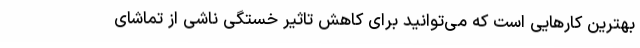
بهترین کارهایی است که می‌توانید برای کاهش تاثیر خستگی ناشی از تماشای